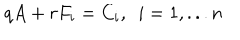
q A + r F _ { i } = C _ { i } , ~ ~ i = 1 , . . . n